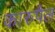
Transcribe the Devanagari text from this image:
कारुपैल